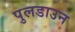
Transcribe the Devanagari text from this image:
पुलडाउन